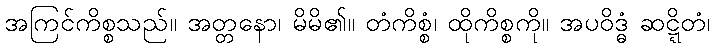
အကြင်ကိစ္စသည်။ အတ္တနော၊ မိမိ၏။ တံကိစ္စံ၊ ထိုကိစ္စကို။ အပဝိဒ္ဓံ ဆဋ္ဋိတံ၊